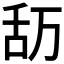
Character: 𮍴